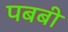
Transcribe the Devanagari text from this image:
पबबी